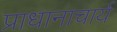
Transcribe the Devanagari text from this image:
प्राधानाचार्य